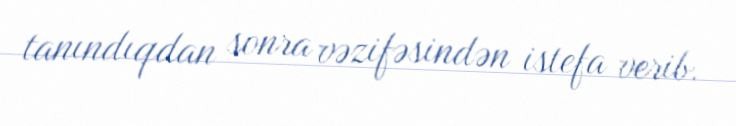
tanındıqdan sonra vəzifəsindən istefa verib.